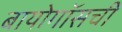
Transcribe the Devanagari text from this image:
बायोगॉसची